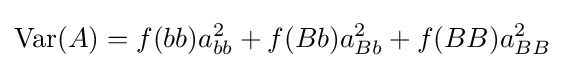
\mathrm {Var} (A)=f(bb)a_{bb}^{2}+f(Bb)a_{Bb}^{2}+f(BB)a_{BB}^{2}